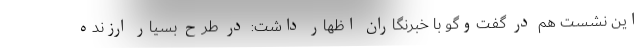
این نشست هم در گفت‌وگو با خبرنگاران اظهار داشت: در طرح بسیار ارزنده